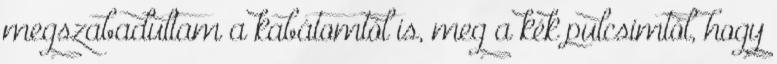
megszabadultam a kabátomtól is, meg a kék pulcsimtól, hogy